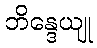
ဘိန္ဒေယျု